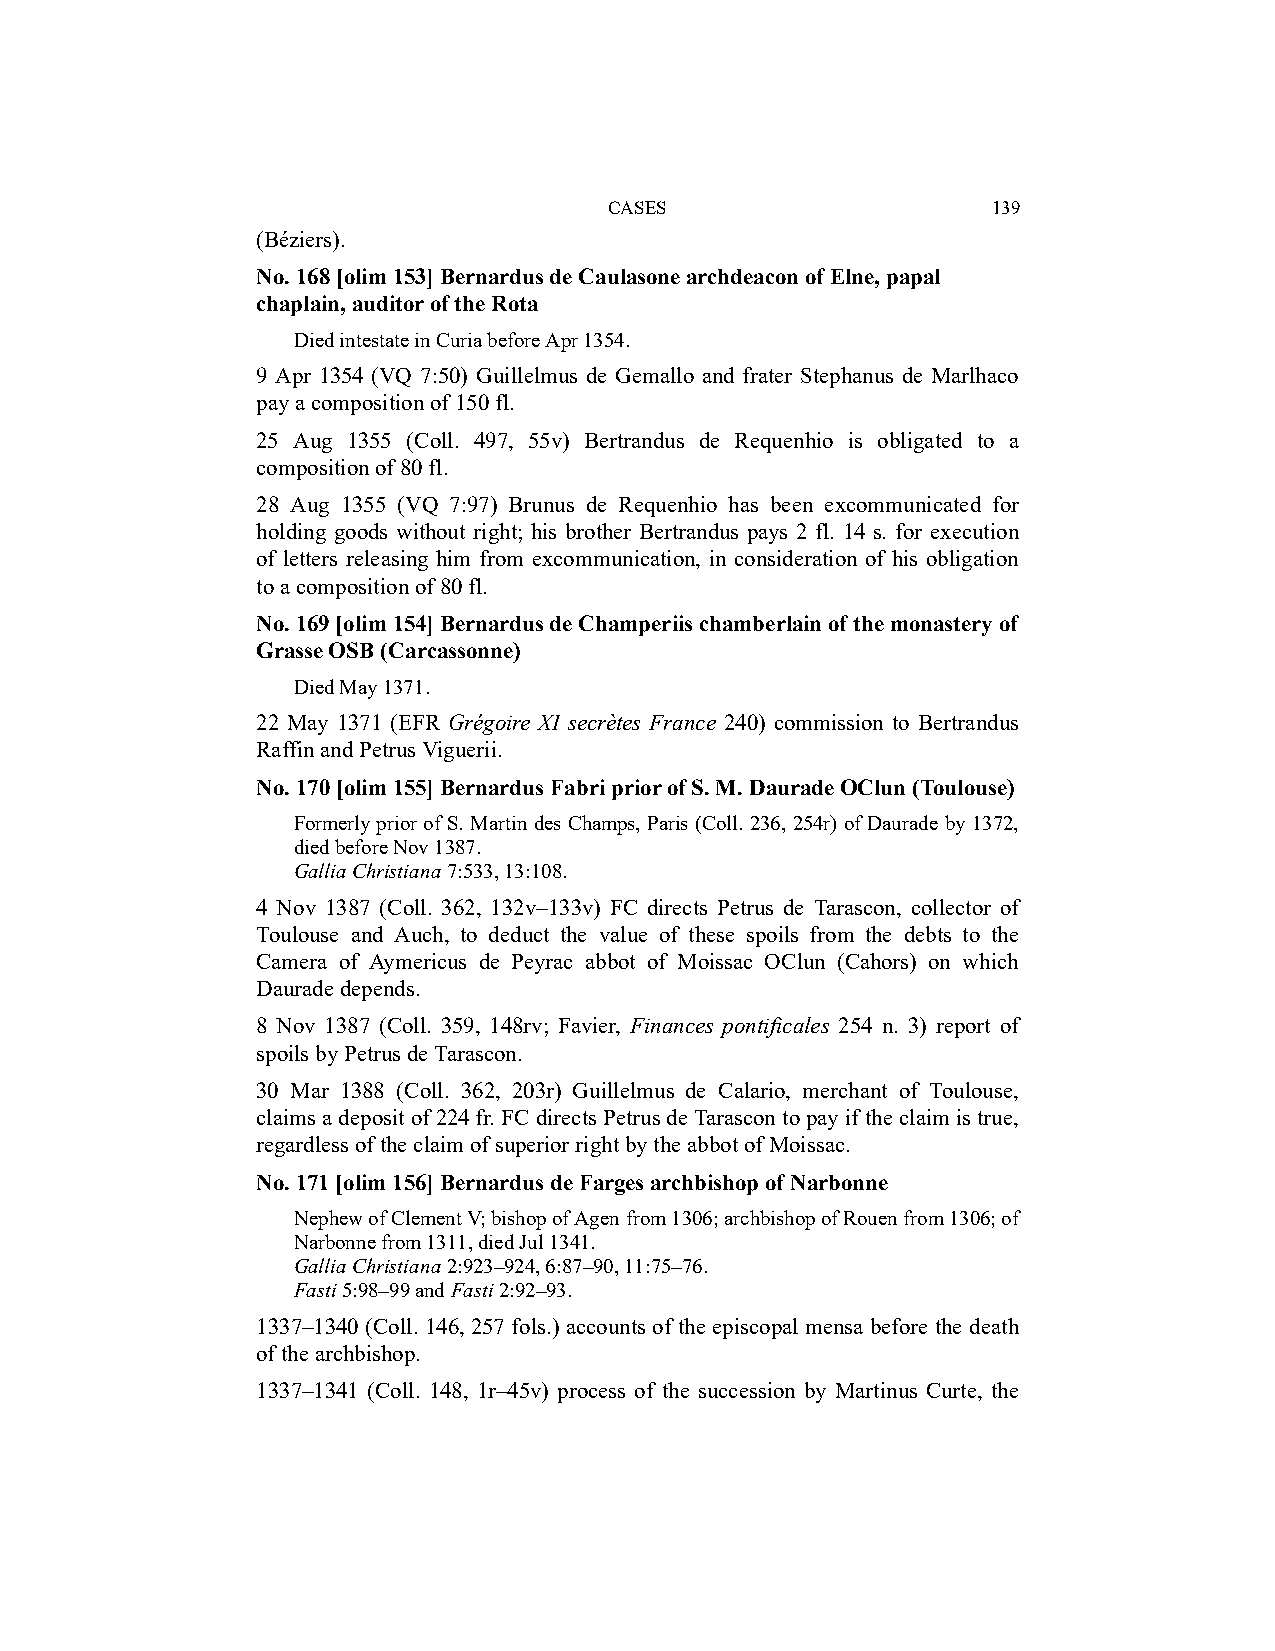
CASES                     139
 (Béziers).
 No. 168 [olim 153] Bernardus de Caulasone archdeacon of Elne, papal
 chaplain, auditor of the Rota
 Died intestate in Curia before Apr 1354.
 9 Apr 1354 (VQ 7:50) Guillelmus de Gemallo and frater Stephanus de Marlhaco
 pay a composition of 150 fl.
 25 Aug 1355 (Coll. 497, 55v) Bertrandus de Requenhio is obligated to a
 composition of 80 fl.
 28 Aug 1355 (VQ 7:97) Brunus de Requenhio has been excommunicated for
 holding goods without right; his brother Bertrandus pays 2 fl. 14 s. for execution
 of letters releasing him from excommunication, in consideration of his obligation
 to a composition of 80 fl.
 No. 169 [olim 154] Bernardus de Champeriis chamberlain of the monastery of
 Grasse OSB (Carcassonne)
 Died May 1371.
 22 May 1371 (EFR Grégoire XI secrètes France 240) commission to Bertrandus
 Raffin and Petrus Viguerii.
 No. 170 [olim 155] Bernardus Fabri prior of S. M. Daurade OClun (Toulouse)
 Formerly prior of S. Martin des Champs, Paris (Coll. 236, 254r) of Daurade by 1372,
 died before Nov 1387.
 Gallia Christiana 7:533, 13:108.
 4 Nov 1387 (Coll. 362, 132v–133v) FC directs Petrus de Tarascon, collector of
 Toulouse and Auch, to deduct the value of these spoils from the debts to the
 Camera of Aymericus de Peyrac abbot of Moissac OClun (Cahors) on which
 Daurade depends.
 8 Nov 1387 (Coll. 359, 148rv; Favier, Finances pontificales 254 n. 3) report of
 spoils by Petrus de Tarascon.
 30 Mar 1388 (Coll. 362, 203r) Guillelmus de Calario, merchant of Toulouse,
 claims a deposit of 224 fr. FC directs Petrus de Tarascon to pay if the claim is true,
 regardless of the claim of superior right by the abbot of Moissac.
 No. 171 [olim 156] Bernardus de Farges archbishop of Narbonne
 Nephew of Clement V; bishop of Agen from 1306; archbishop of Rouen from 1306; of
 Narbonne from 1311, died Jul 1341.
 Gallia Christiana 2:923–924, 6:87–90, 11:75–76.
 Fasti 5:98–99 and Fasti 2:92–93.
 1337–1340 (Coll. 146, 257 fols.) accounts of the episcopal mensa before the death
 of the archbishop.
 1337–1341 (Coll. 148, 1r–45v) process of the succession by Martinus Curte, the